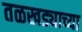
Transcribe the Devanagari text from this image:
तळखड्याच्या